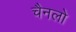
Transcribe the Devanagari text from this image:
चैनलो